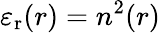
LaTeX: \varepsilon_{\mathrm r}(r)=n^{2}(r)